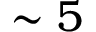
\sim 5